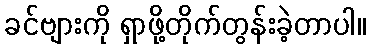
ခင်ဗျားကို ရှာဖို့တိုက်တွန်းခဲ့တာပါ။